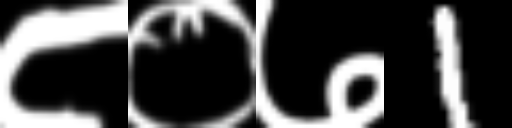
Text: ८०७1